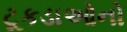
ટૂકડાઓનો